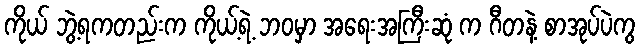
ကိုယ် ဘွဲ့ရကတည်းက ကိုယ့်ရဲ့ ဘဝမှာ အရေးအကြီးဆုံ က ဂီတနဲ့ စာအုပ်ပဲကွ